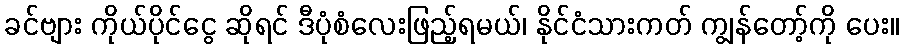
ခင်ဗျား ကိုယ်ပိုင်ငွေ ဆိုရင် ဒီပုံစံလေးဖြည့်ရမယ်၊ နိုင်ငံသားကတ် ကျွန်တော့်ကို ပေး။